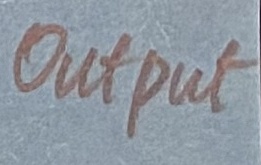
Text: Output